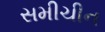
સમીચીન